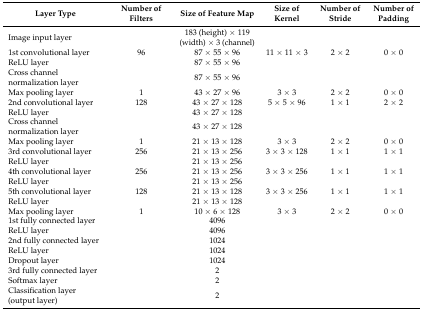
| Layer Type | Number of Filters | Size of Feature Map | Size of Kernel | Number of Stride | Number of Padding |
 | --- | --- | --- | --- | --- | --- |
 | Image input layer |  | 183 (height) × 119 (width) × 3 (channel) |  |  |  |
 | 1st convolutional layer | 96 | 87 × 55 × 96 | 11 × 11 × 3 | 2 × 2 | 0 × 0 |
 | ReLU layer |  | 87 × 55 × 96 |  |  |  |
 | Cross channel normalization layer |  | 87 × 55 × 96 |  |  |  |
 | Max pooling layer | 1 | 43 × 27 × 96 | 3 × 3 | 2 × 2 | 0 × 0 |
 | 2nd convolutional layer | 128 | 43 × 27 × 128 | 5 × 5 × 96 | 1 × 1 | 2 × 2 |
 | ReLU layer |  | 43 × 27 × 128 |  |  |  |
 | Cross channel normalization layer |  | 43 × 27 × 128 |  |  |  |
 | Max pooling layer | 1 | 21 × 13 × 128 | 3 × 3 | 2 × 2 | 0 × 0 |
 | 3rd convolutional layer | 256 | 21 × 13 × 256 | 3 × 3 × 128 | 1 × 1 | 1 × 1 |
 | ReLU layer |  | 21 × 13 × 256 |  |  |  |
 | 4th convolutional layer | 256 | 21 × 13 × 256 | 3 × 3 × 256 | 1 × 1 | 1 × 1 |
 | ReLU layer |  | 21 × 13 × 256 |  |  |  |
 | 5th convolutional layer | 128 | 21 × 13 × 128 | 3 × 3 × 256 | 1 × 1 | 1 × 1 |
 | ReLU layer |  | 21 × 13 × 128 |  |  |  |
 | Max pooling layer | 1 | 10 × 6 × 128 | 3 × 3 | 2 × 2 | 0 × 0 |
 | 1st fully connected layer |  | 4096 |  |  |  |
 | ReLU layer |  | 4096 |  |  |  |
 | 2nd fully connected layer |  | 1024 |  |  |  |
 | ReLU layer |  | 1024 |  |  |  |
 | Dropout layer |  | 1024 |  |  |  |
 | 3rd fully connected layer |  | 2 |  |  |  |
 | Softmax layer |  | 2 |  |  |  |
 | Classification layer (output layer) |  | 2 |  |  |  |